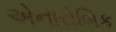
એનારોબિક